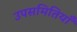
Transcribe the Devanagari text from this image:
उपसमितियाँ